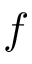
f